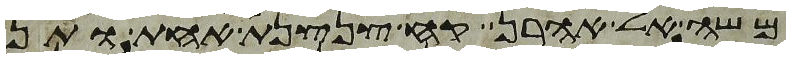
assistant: משה אל אהרן קח צנצנת אחת ותן